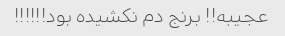
عجیبه!! برنج دم نکشیده بود!!!!!!